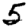
Digit: 5